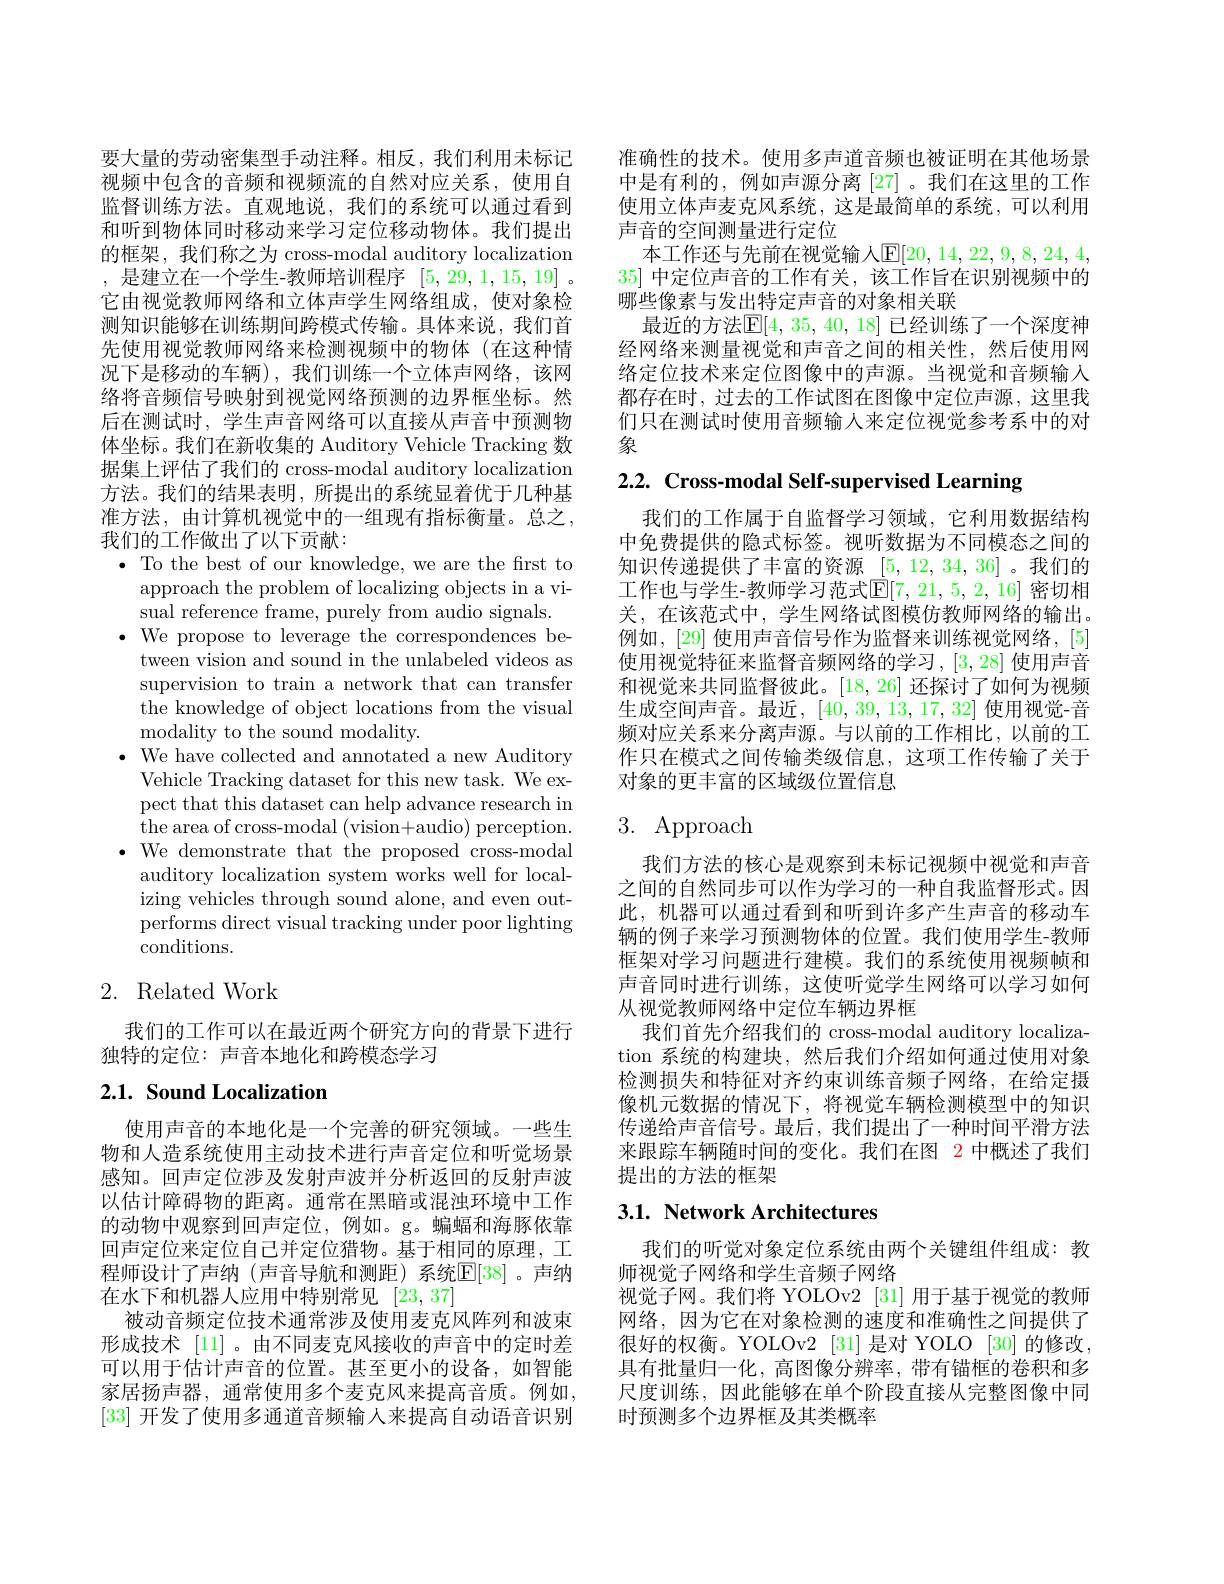
要大量的劳动密集型手动注释。相反，我们利用未标记视频中包含的音频和视频流的自然对应关系，使用自监督训练方法。直观地说，我们的系统可以通过看到和听到物体同时移动来学习定位移动物体。我们提出的框架，我们称之为 cross-modal auditory localization ,是建立在一个学生-教师培训程序[5,29,1,15,19] 。它由视觉教师网络和立体声学生网络组成，使对象检测知识能够在训练期间跨模式传输。具体来说，我们首先使用视觉教师网络来检测视频中的物体(在这种情况下是移动的车辆),我们训练一个立体声网络，该网络将音频信号映射到视觉网络预测的边界框坐标。然后在测试时，学生声音网络可以直接从声音中预测物体坐标。我们在新收集的 Auditory Vehicle Tracking 数据集上评估了我们的 cross-modal auditory localization 方法。我们的结果表明，所提出的系统显着优于几种基准方法，由计算机视觉中的一组现有指标衡量。总之， 我们的工作做出了以下贡献：
$\bullet$ To the best of our knowledge, we are the first to
approach the problem of localizing objects in a vi-
sual reference frame, purely from audio signals.
$\bullet$ We propose to leverage the correspondences be-
tween vision and sound in the unlabeled videos as supervision to train a network that can transfer the knowledge of object locations from the visual modality to the sound modality.
$\bullet$ We have collected and annotated a new Auditory
Vehicle Tracking dataset for this new task. We expect that this dataset can help advance research in the area of cross-modal (vision+audio) perception.
$\bullet$ We demonstrate that the proposed cross-modal
auditory localization system works well for localizing vehicles through sound alone, and even outperforms direct visual tracking under poor lighting conditions.

## 2. Related Work

我们的工作可以在最近两个研究方向的背景下进行
独特的定位：声音本地化和跨模态学习

## $2. 1. \textbf{ Sound Localization}$

使用声音的本地化是一个完善的研究领域。一些生物和人造系统使用主动技术进行声音定位和听觉场景感知。回声定位涉及发射声波并分析返回的反射声波以估计障碍物的距离。通常在黑暗或混浊环境中工作的动物中观察到回声定位，例如。g。蝙蝠和海豚依靠回声定位来定位自己并定位猎物。基于相同的原理，工程师设计了声纳(声音导航和测距)系统$\mathbb{E}[38]$。声纳在水下和机器人应用中特别常见[23,37]
被动音频定位技术通常涉及使用麦克风阵列和波束形成技术 [11] 。由不同麦克风接收的声音中的定时差可以用于估计声音的位置。甚至更小的设备，如智能家居扬声器，通常使用多个麦克风来提高音质。例如， [33]开发了使用多通道音频输人来提高自动语音识别

准确性的技术。使用多声道音频也被证明在其他场景中是有利的，例如声源分离[27]。我们在这里的工作使用立体声麦克风系统，这是最简单的系统，可以利用声音的空间测量进行定位
本工作还与先前在视觉输人E[20,14,22,9,8,24,4] 35]中定位声音的工作有关，该工作旨在识别视频中的哪些像素与发出特定声音的对象相关联
最近的方法$\mathbb{E}[4,35,40,18]$ 已经训练了一个深度神经网络来测量视觉和声音之间的相关性，然后使用网络定位技术来定位图像中的声源。当视觉和音频输入都存在时，过去的工作试图在图像中定位声源，这里我们只在测试时使用音频输人来定位视觉参考系中的对象

2.2. Cross-modal Self-supervised Learning

我们的工作属于自监督学习领域，它利用数据结构中免费提供的隐式标签。视听数据为不同模态之间的知识传递提供了丰富的资源[5,12,34,36] 。我们的工作也与学生-教师学习范式$\mathbb{E}[7,21,5,2,16]$ 密切相关，在该范式中，学生网络试图模仿教师网络的输出。例如，[29] 使用声音信号作为监督来训练视觉网络，[5] 使用视觉特征来监督音频网络的学习，[3,28]使用声音和视觉来共同监督彼此。[18,26] 还探讨了如何为视频生成空间声音。最近，[40,39,13,17,32]使用视觉-音频对应关系来分离声源。与以前的工作相比，以前的工作只在模式之间传输类级信息，这项工作传输了关于对象的更丰富的区域级位置信息

# 3. Approach

我们方法的核心是观察到未标记视频中视觉和声音之间的自然同步可以作为学习的一种自我监督形式。因此，机器可以通过看到和听到许多产生声音的移动车辆的例子来学习预测物体的位置。我们使用学生-教师框架对学习问题进行建模。我们的系统使用视频帧和声音同时进行训练，这使听觉学生网络可以学习如何从视觉教师网络中定位车辆边界框
我们首先介绍我们的 cross-modal auditory localization 系统的构建块，然后我们介绍如何通过使用对象检测损失和特征对齐约束训练音频子网络，在给定摄像机元数据的情况下，将视觉车辆检测模型中的知识传递给声音信号。最后，我们提出了一种时间平滑方法来跟踪车辆随时间的变化。我们在图 2 中概述了我们提出的方法的框架

# 3.1. Network Architectures

我们的听觉对象定位系统由两个关键组件组成：教
师视觉子网络和学生音频子网络
视觉子网。我们将 YOLOv2 [31] 用于基于视觉的教师网络，因为它在对象检测的速度和准确性之间提供了很好的权衡。YOLOv2 [31] 是对 YOLO [30] 的修改， 具有批量归一化，高图像分辨率，带有锚框的卷积和多尺度训练，因此能够在单个阶段直接从完整图像中同时预测多个边界框及其类概率